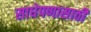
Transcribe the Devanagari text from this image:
साधेपणासाठी